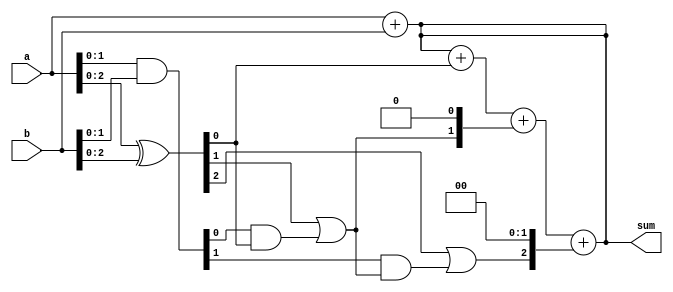
module carry_skip_adder (
    input signed [31:0] a,
    input signed [31:0] b,
    output signed [31:0] sum
);

reg [31:0] p, g, c;

assign g = a & b;
assign p = a ^ b;
assign sum = a + b;

always @ (*) begin
    c[0] = p[0];
    c[1] = p[1] | (g[0] & c[0]);
    c[2] = p[2] | (g[1] & c[1]);
    // Repeat the process for more stages as needed
    // Example: c[3] = p[3] | (g[2] & c[2]);
    
    sum = sum + (c[0] << 0) + (c[1] << 1) + (c[2] << 2);
    // Add more stages as needed
    // Example: sum = sum + (c[3] << 3);
end

endmodule